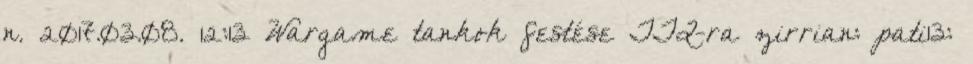
n. 2017.03.08. 12:13 Wargame tankok festése TTQ-ra zirrian: pati13: